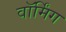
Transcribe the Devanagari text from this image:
वाॅर्मिंग